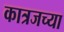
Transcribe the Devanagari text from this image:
कात्रजच्या